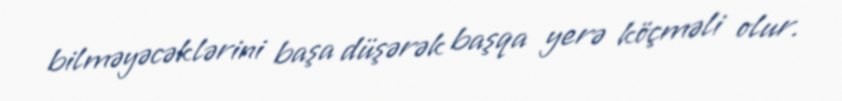
bilməyəcəklərini başa düşərək başqa yerə köçməli olur.